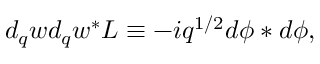
d _ { q } w d _ { q } w ^ { \ast } { \cal L } \equiv - i q ^ { 1 / 2 } d \phi \ast d \phi ,